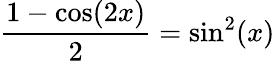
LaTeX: {\frac{1-\cos(2x)}{2}}=\sin^{2}(x)